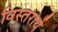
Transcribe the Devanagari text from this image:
विस्तरार्थ